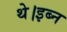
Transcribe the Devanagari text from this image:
थे।इब्न